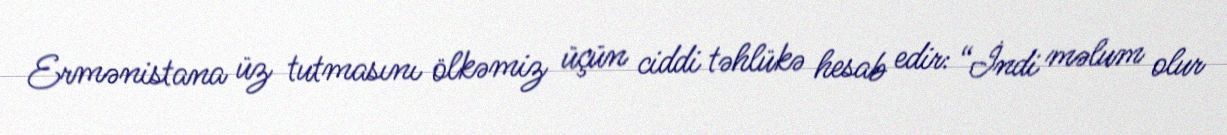
Ermənistana üz tutmasını ölkəmiz üçün ciddi təhlükə hesab edir: “İndi məlum olur